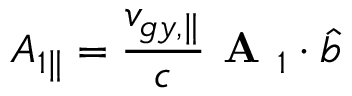
{ A } _ { 1 \parallel } = \frac { v _ { g y , \parallel } } { c } \textbf { A } _ { 1 } \boldsymbol { \cdot } \hat { b }